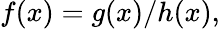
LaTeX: f(x)=g(x)/h(x),